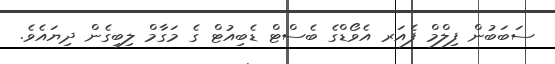
ސަބަބުން ފިލްމް ފެއަރ އެވޯޑްގެ ބެސްޓް ޑެބިއުޓް ގެ މަގާމް ލިބިގެން ދިޔައެވެ.